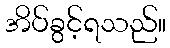
အိပ်ခွင့်ရသည်။